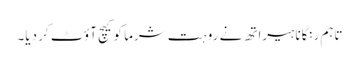
تاہم رنگانا ہیراتھ نے روہت شرما کو کیچ آؤٹ کر دیا۔